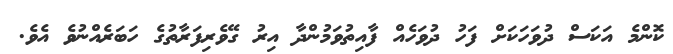
ކޮންމެ އަކަސް ދުވަހަކަށް ފަހު ދުވަހެއް ފާއިތުވަމުންދާ އިރު ގޭވެރިފަރާތުގެ ހަބަރެއްނުވެ އެވެ.